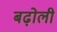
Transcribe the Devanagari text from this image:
बढ़ोली